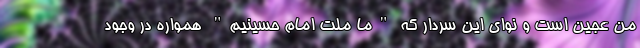
من عجین است و نوای این سردار که "ما ملت امام حسینیم" همواره در وجود